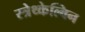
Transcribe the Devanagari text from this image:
स्त्रेथ्केल्विन